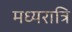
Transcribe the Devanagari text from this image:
मध्‍यरात्रि